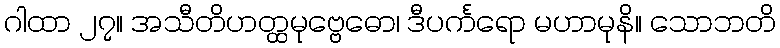
ဂါထာ ၂၇။ အသီတိဟတ္ထမုဗ္ဗေဓော၊ ဒီပင်္ကရော မဟာမုနိ။ သောဘတိ